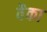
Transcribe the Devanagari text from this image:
वैका